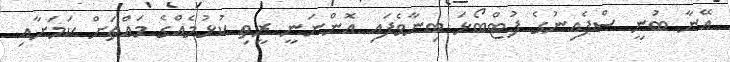
އޭނާ ބުނީ ސްޕެއިނުގެ ފުޓްބޯޅަ ބިނާވެފައި އޮންނަނީ ރީތި ކުޅުމެއްގެ މައްޗަށް ކަމަށާއި